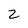
Character: 2